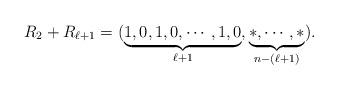
LaTeX: \begin{align*}R_{2}+R_{{\ell+1}}=(\underbrace{1, 0, 1, 0, \cdots, 1,0}_{\ell+1 },\underbrace{*, \cdots, *}_{n-(\ell+1) }).\end{align*}